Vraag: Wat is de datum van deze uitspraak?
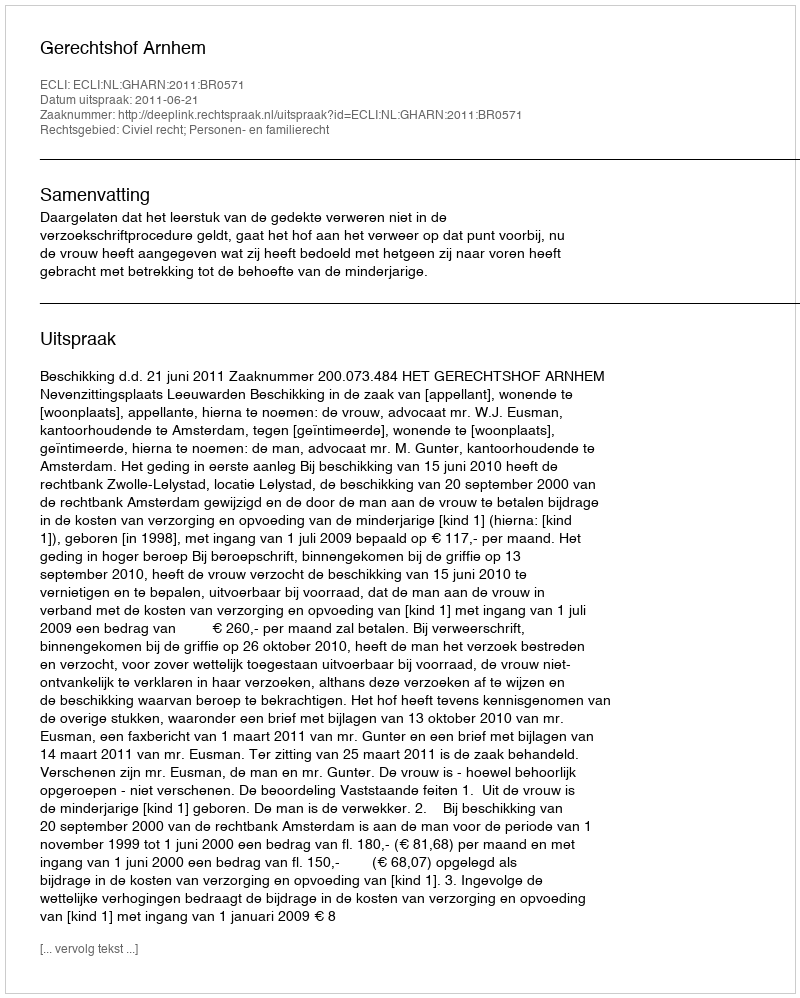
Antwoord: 2011-06-21